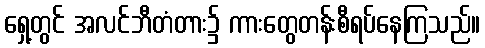
ရှေ့တွင် အလင်ဘီတံတား၌ ကားတွေတန်းစီရပ်နေကြသည်။